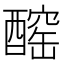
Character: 𨢧